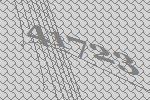
41723